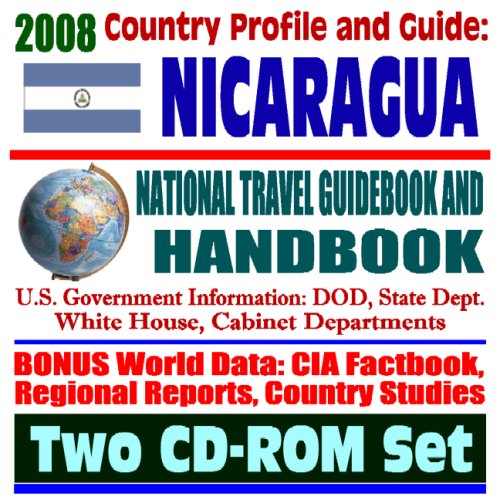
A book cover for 2008 Country Profile and Guide to Nicaragua- National Travel Guidebook and Handbook - Ortega, Contras, Sandinistas, CIA Reports, Hurricanes and Volcanoes (Two CD-ROM Set); U.S. Government; Travel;